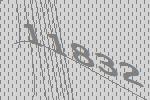
11832